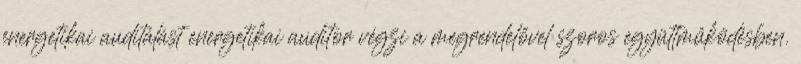
energetikai auditálást energetikai auditor végzi a megrendelővel szoros együttműködésben.